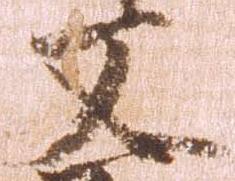
又